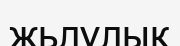
жьлулық